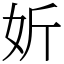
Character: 妡